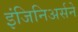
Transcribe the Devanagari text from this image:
इंजिनिअर्सने